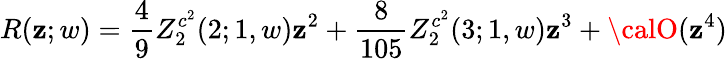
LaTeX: R(\mathbf{z};w)=\frac{{4}}{{9}}Z_{2}^{c^{2}}(2;1,w)\mathbf{z}^{2}+\frac{{8}}{{105}}Z_{2}^{c^{2}}(3;1,w)\mathbf{z}^{3}+{\calO}(\mathbf{z}^{4})